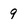
Character: 9